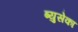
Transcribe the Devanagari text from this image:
ब्युसेका